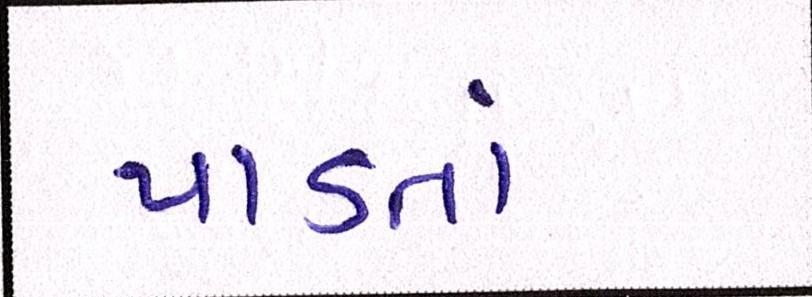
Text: પાડતાં